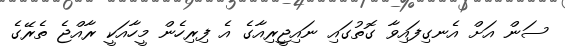
ސަން އަށް އެނގިފައިވާ ގޮތުގައި ނައިޖީރިއާގެ އެ ފިރިހެން މީހާއަކީ ރާއްޖެ ތެރޭގެ